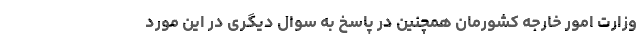
وزارت امور خارجه کشورمان همچنین در پاسخ به سوال دیگری در این مورد